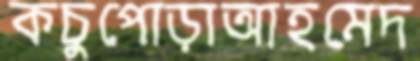
কচুপোড়াআহমেদ